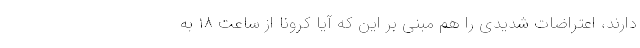
دارند، اعتراضات شدیدی را هم مبنی بر این که آیا کرونا از ساعت ۱۸ به